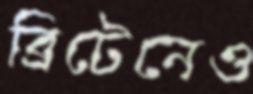
ব্রিটেনেও